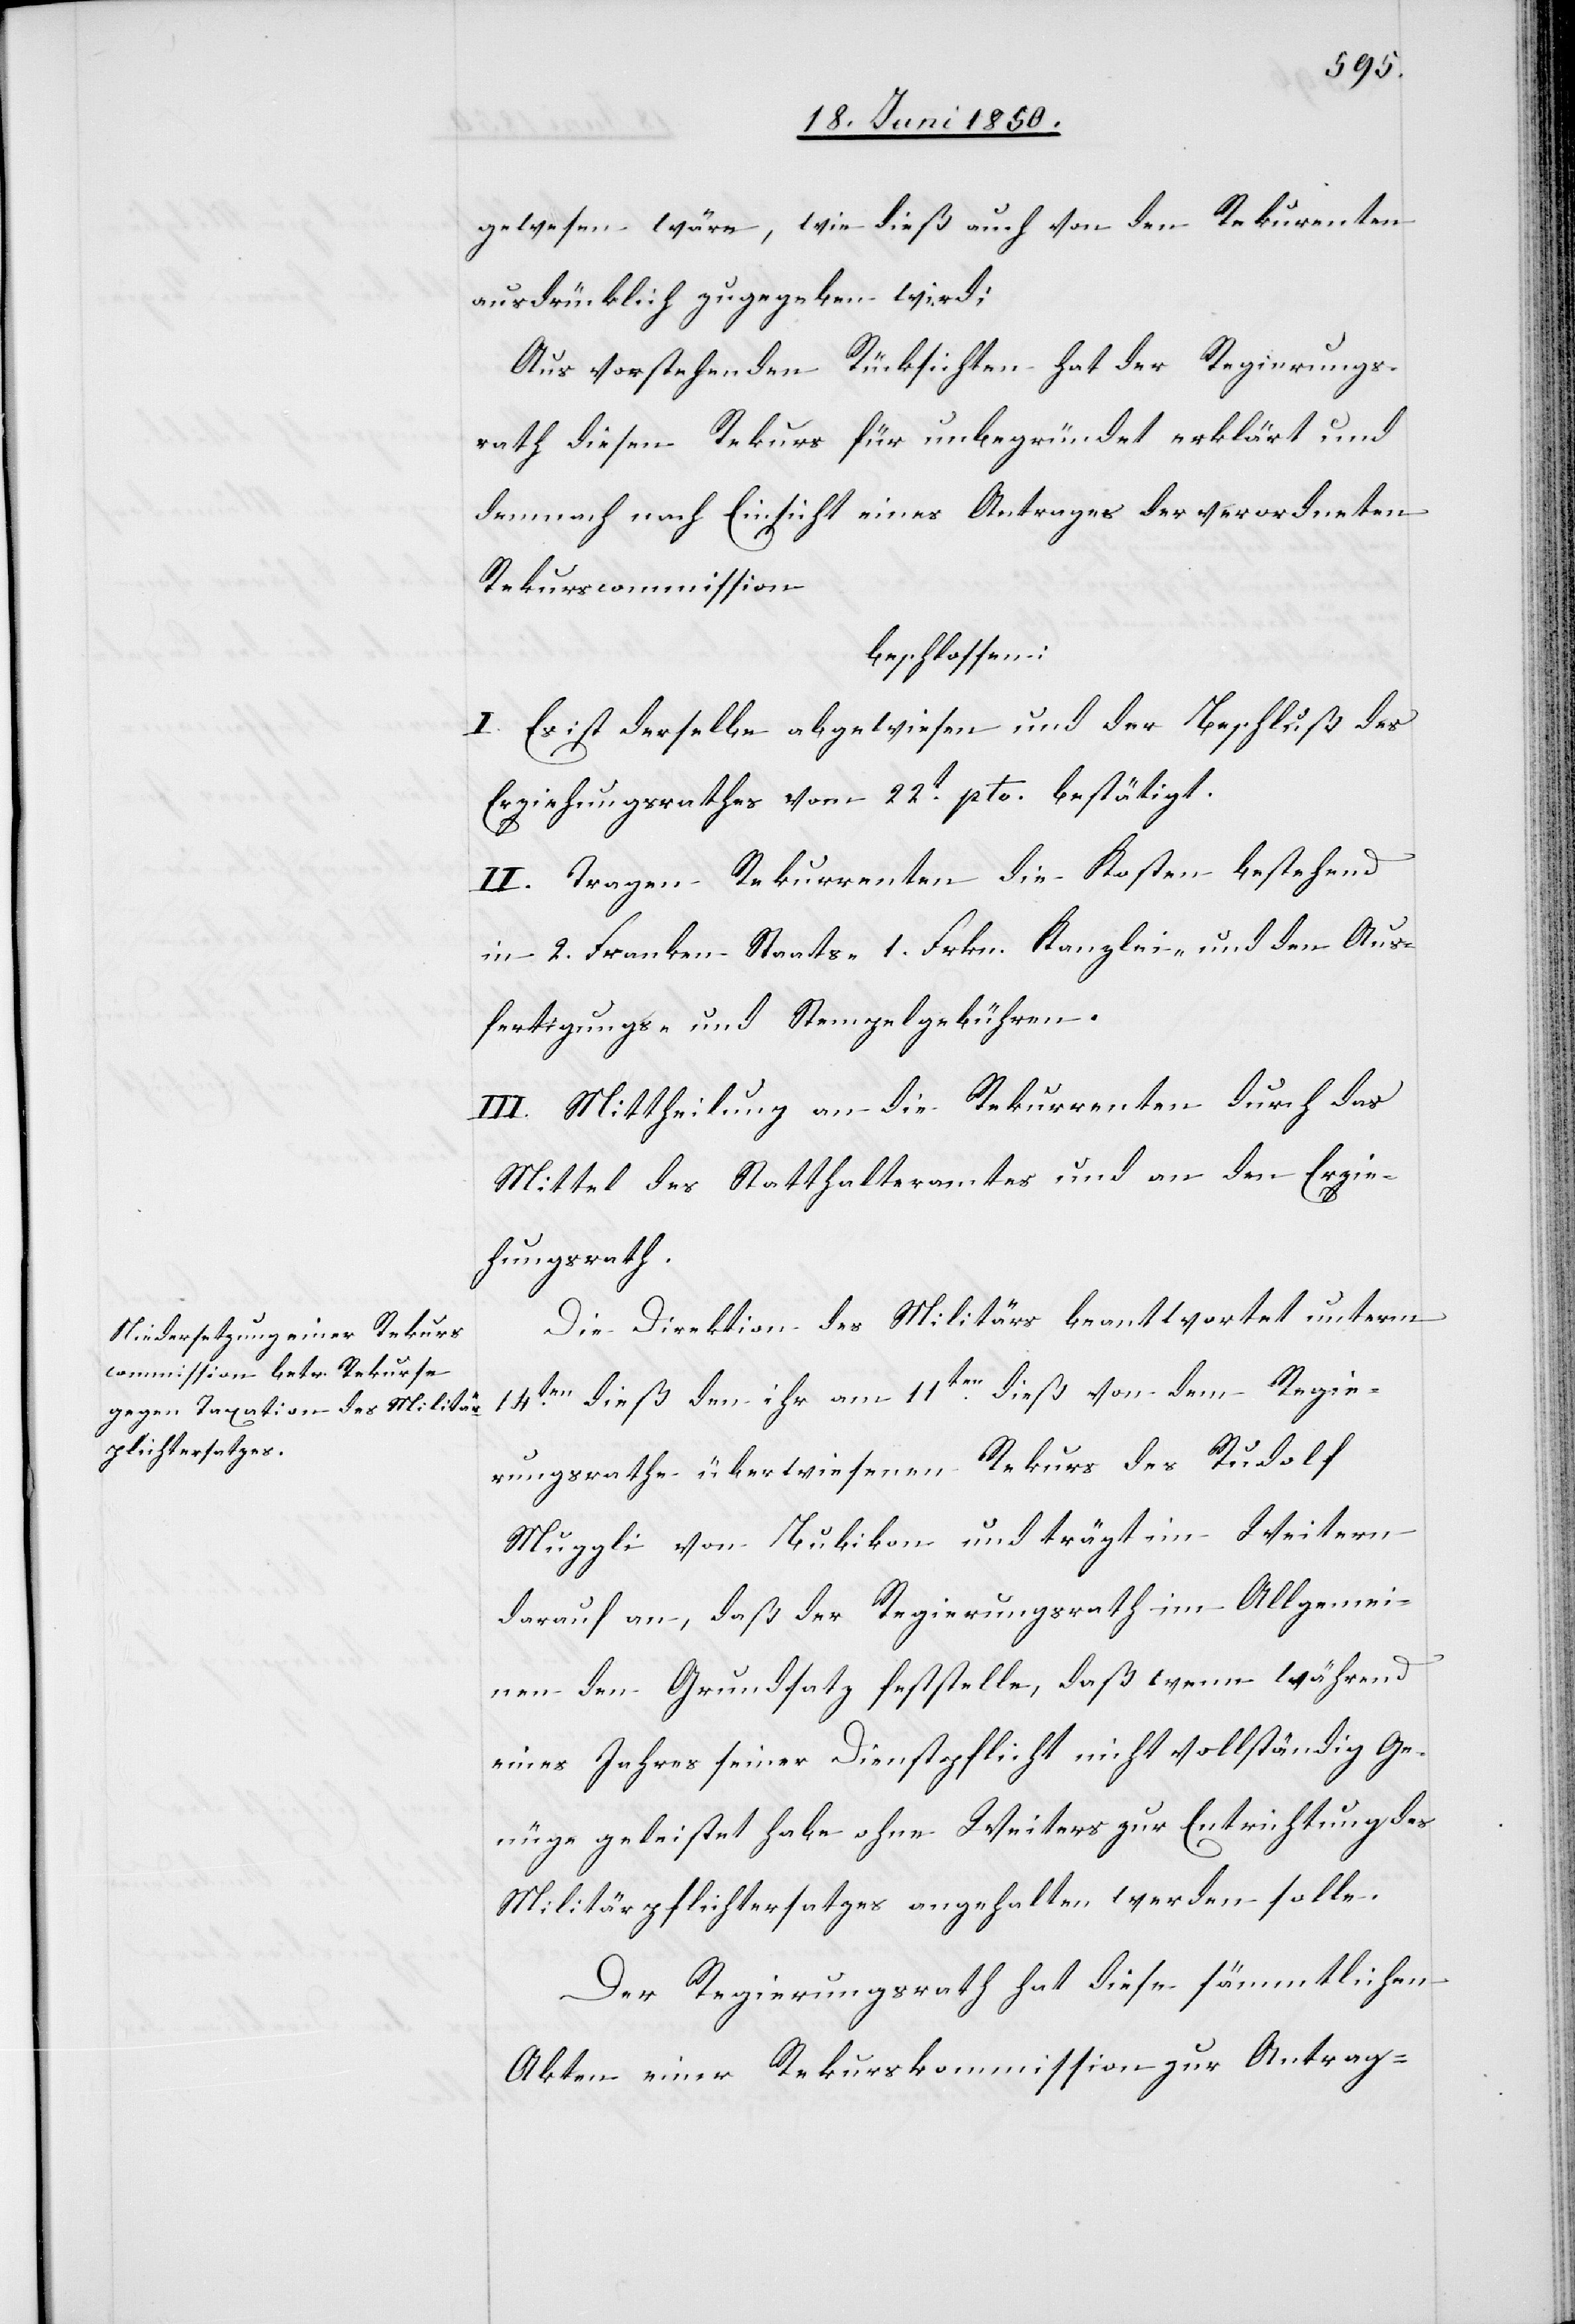
gewesen wäre, wie dieß auch von den Rekurrenten
ausdrücklich zugegeben wird;
Aus vorstehenden Rücksichten hat der Regierungs¬
rath diesen Rekurs für unbegründet erklärt und
demnach nach Einsicht eines Antrages der verordneten
Rekurscommisssion
beschlossen:
I. Es ist derselbe abgewiesen und der Beschluß des
Erziehungsrathes vom 22t pto. bestätigt.
II. Tragen Rekurrenten die Kosten bestehend
in 2. Franken Staats- 1. Frkn. Kanzlei- und den Aus¬
fertigungs- und Stempelgebühren.
III. Mittheilung an die Rekurrenten durch das
Mittel des Statthalteramtes und an den Erzie¬
hungsrath.
Die Direktion des Militärs beantwortet unterm
14ten dieß den ihr am 11ten dieß von dem Regie¬
rungsrathe überwiesenen Rekurs des Rudolf
Muggli von Bubikon und trägt im Weitern
darauf an, daß der Regierungsrath im Allgemei¬
nen den Grundsatz feststelle, daß wenn [er] während
eines Jahres seiner Dienstpflicht nicht vollständig Ge¬
nüge geleistet habe ohne Weiters zur Entrichtung des
Militärpflichtersatzes angehalten werden solle.
Der Regierungsrath hat diese sämmtlichen
Akten einer Rekurskommission zur Antrag-